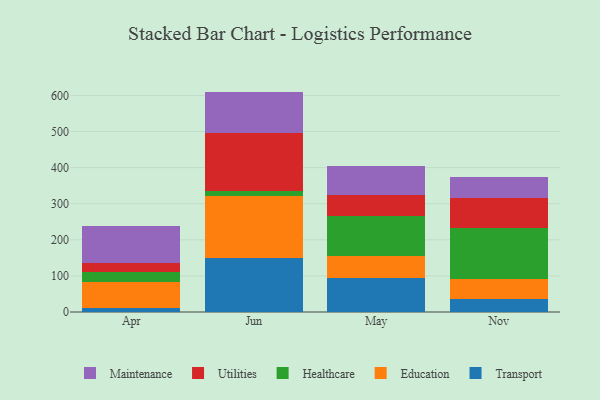
{"axis": {"x": "Month", "y": "Satisfaction Score"}, "legend": ["Education", "Healthcare", "Maintenance", "Transport", "Utilities"], "data": [{"x": "Apr", "y": 10.7, "type": "Transport"}, {"x": "Apr", "y": 71.9, "type": "Education"}, {"x": "Apr", "y": 27.7, "type": "Healthcare"}, {"x": "Apr", "y": 24.7, "type": "Utilities"}, {"x": "Apr", "y": 102.0, "type": "Maintenance"}, {"x": "Jun", "y": 149.7, "type": "Transport"}, {"x": "Jun", "y": 172.2, "type": "Education"}, {"x": "Jun", "y": 13.3, "type": "Healthcare"}, {"x": "Jun", "y": 160.0, "type": "Utilities"}, {"x": "Jun", "y": 115.4, "type": "Maintenance"}, {"x": "May", "y": 93.7, "type": "Transport"}, {"x": "May", "y": 62.5, "type": "Education"}, {"x": "May", "y": 110.8, "type": "Healthcare"}, {"x": "May", "y": 57.3, "type": "Utilities"}, {"x": "May", "y": 81.0, "type": "Maintenance"}, {"x": "Nov", "y": 36.1, "type": "Transport"}, {"x": "Nov", "y": 55.1, "type": "Education"}, {"x": "Nov", "y": 140.2, "type": "Healthcare"}, {"x": "Nov", "y": 83.5, "type": "Utilities"}, {"x": "Nov", "y": 58.0, "type": "Maintenance"}]}